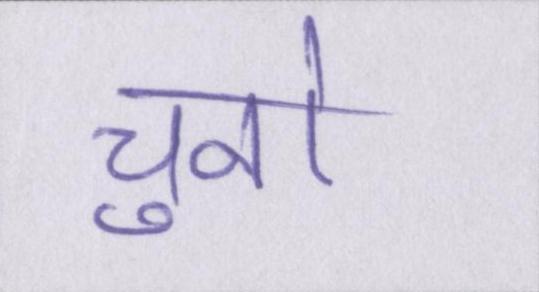
चुनो